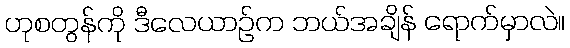
ဟုစတွန်ကို ဒီလေယာဉ်က ဘယ်အချိန် ရောက်မှာလဲ။